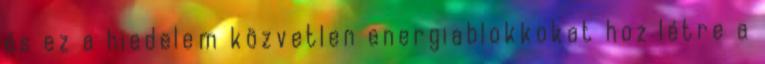
és ez a hiedelem közvetlen energiablokkokat hoz létre a